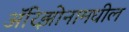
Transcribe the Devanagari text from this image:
ॲरिझोनामधील